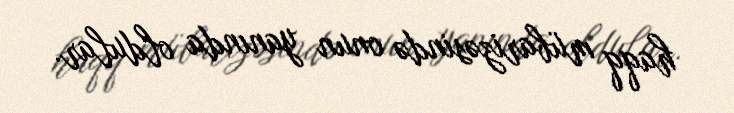
haqq mübarizəsində onun yanında oldular.